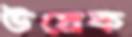
উদ্রেক